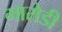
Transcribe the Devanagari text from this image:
गारोडी